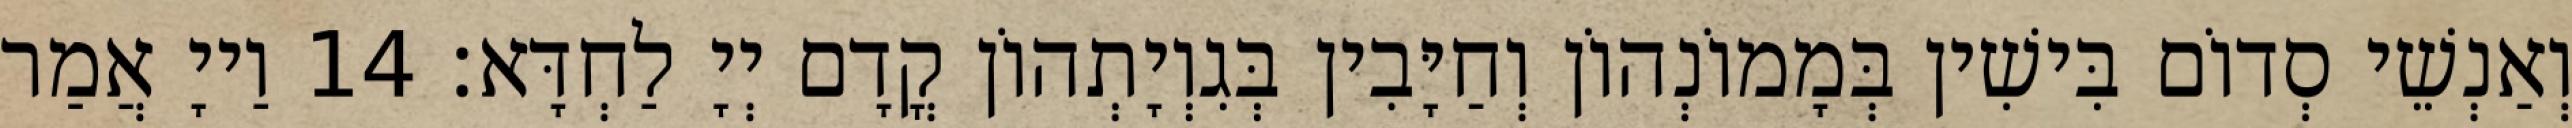
וְאַנְשֵׁי סְדוֹם בִּישִׁין בְּמָמוֹנְהוֹן וְחַיָּבִין בְּגִוְיָתְהוֹן קֳדָם יְיָ לַחְדָּא׃ 14 וַייָ אֲמַר